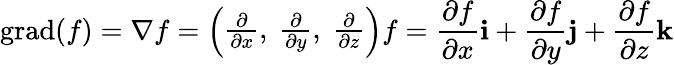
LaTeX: \operatorname{grad}(f)=\nabla f={\left(\begin{array}{l}{{\frac{\partial}{\partial x}},\ {\frac{\partial}{\partial y}},\ {\frac{\partial}{\partial z}}}\end{array}\right)}f={\frac{\partial f}{\partial x}}\mathbf{i}+{\frac{\partial f}{\partial y}}\mathbf{j}+{\frac{\partial f}{\partial z}}\mathbf{k}